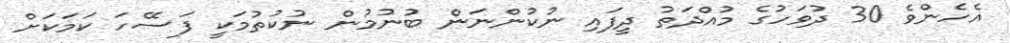
އެހެންވެ 30 ދުވަހުގެ މުއްދަތު ދީފައި ނުކުންނަން ބުނުމުން ނުކުތުމަކީ ފަސޭހަ ކަމަކަށް